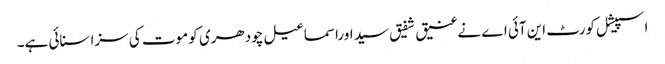
اسپیشل کورٹ این آئی اے نےعنیق شفیق سید اوراسماعیل چودھری کو موت کی سزا سنائی ہے۔